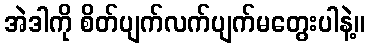
အဲဒါကို စိတ်ပျက်လက်ပျက်မတွေးပါနဲ့။